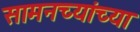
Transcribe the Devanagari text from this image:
सामनच्यांच्या